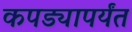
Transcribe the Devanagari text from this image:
कपड्यापर्यंत